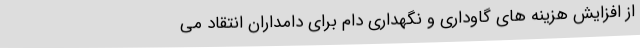
از افزایش هزینه های گاوداری و نگهداری دام برای دامداران انتقاد می